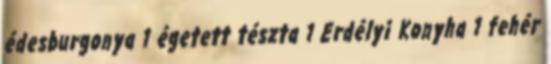
édesburgonya 1 égetett tészta 1 Erdélyi Konyha 1 fehér